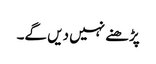
پڑھنے نہیں دیں گے۔